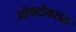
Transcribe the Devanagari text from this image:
ऑक्टोबरात